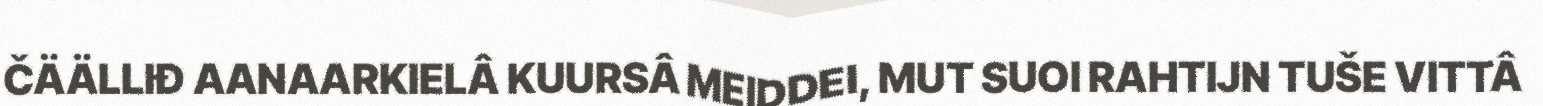
ČÄÄLLIĐ AANAARKIELÂ KUURSÂ MEIDDEI, MUT SUOI RAHTIJN TUŠE VITTÂ